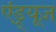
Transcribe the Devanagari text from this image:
एंड्र्यूज़